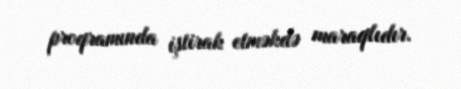
proqramında iştirak etməkdə maraqlıdır.